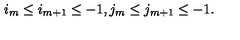
i _ { m } \leq i _ { m + 1 } \leq - 1 , j _ { m } \leq j _ { m + 1 } \leq - 1 .